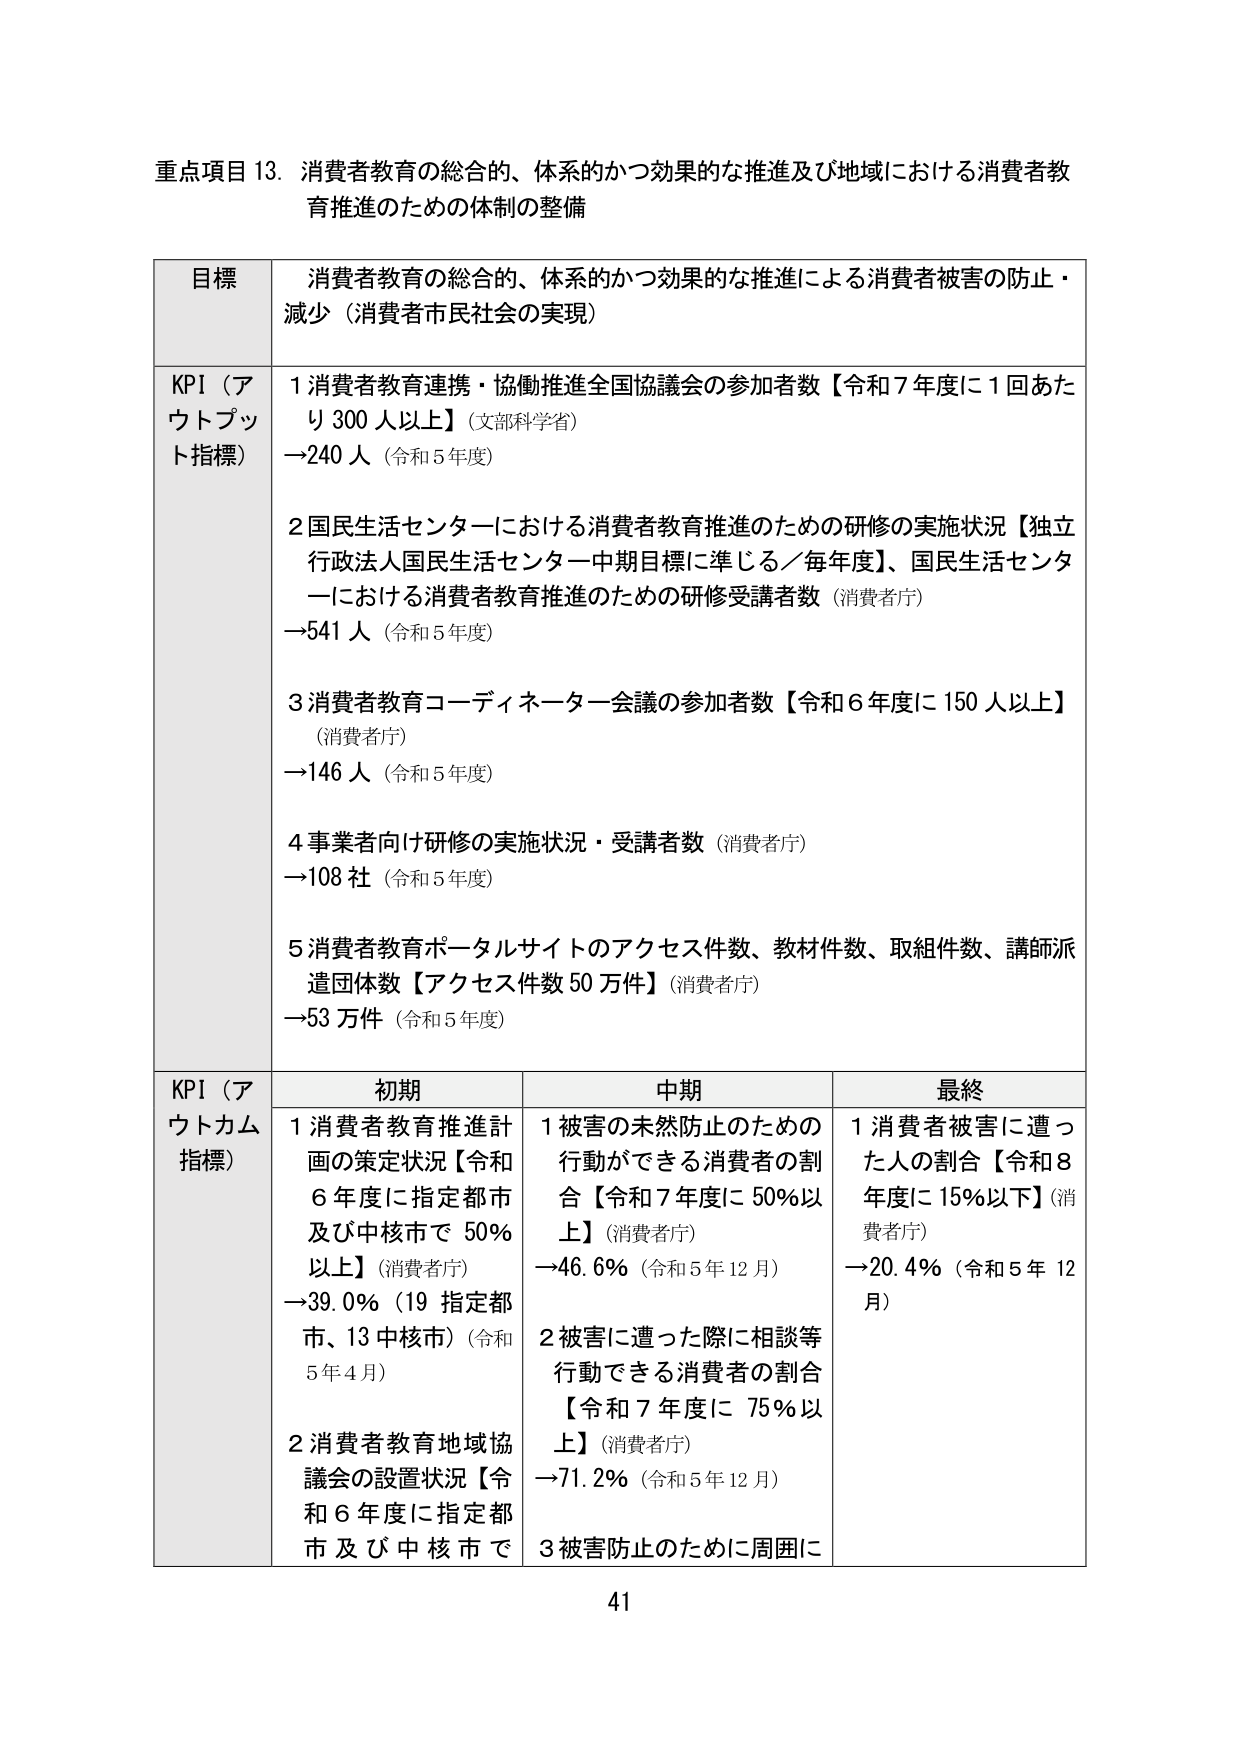
重点項目 13. 消費者教育の総合的、体系的かつ効果的な推進及び地域における消費者教育推進のための体制の整備

目標 消費者教育の総合的、体系的かつ効果的な推進による消費者被害の防止・減少（消費者市民社会の実現）

KPI（アウトプット指標）
1 消費者教育連携・協働推進全国協議会の参加者数【令和7年度に1回あたり300人以上】（文部科学省）
→240人（令和5年度）

2 国民生活センターにおける消費者教育推進のための研修の実施状況【独立行政法人国民生活センター中期目標に準じる／毎年度】、国民生活センターにおける消費者教育推進のための研修受講者数（消費者庁）
→541人（令和5年度）

3 消費者教育コーディネーター会議の参加者数【令和6年度に150人以上】（消費者庁）
→146人（令和5年度）

4 事業者向け研修の実施状況・受講者数（消費者庁）
→108社（令和5年度）

5 消費者教育ポータルサイトのアクセス件数、教材件数、取組件数、講師派遣団体数【アクセス件数50万件】（消費者庁）
→53万件（令和5年度）

KPI（アウトカム指標）
初期 中期 最終
1 消費者教育推進計画の策定状況【令和6年度に指定都市及び中核市で50％以上】（消費者庁）
→39.0％（19指定都市、13中核市）（令和5年4月）
1 被害の未然防止のための行動ができる消費者の割合【令和7年度に50％以上】（消費者庁）
→46.6％（令和5年12月）
1 消費者被害に遭った人の割合【令和8年度に15％以下】（消費者庁）
→20.4％（令和5年12月）

2 消費者教育地域協議会の設置状況【令和6年度に指定都市及び中核市で
2 被害に遭った際に相談等行動できる消費者の割合【令和7年度に75％以上】（消費者庁）
→71.2％（令和5年12月）
3 被害防止のために周囲に

41